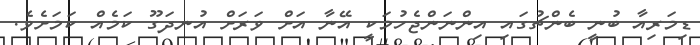
ޑިމަރިއާ ބުނީ ބެންޗުގައި އިންނަންޖެހުމަކީ އޭނާ އަށް ވަރަށް އުނދަގޫ ކަމެއް ކަމަށެވެ.